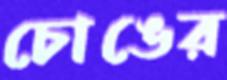
চোঙের